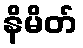
နိမိတ်